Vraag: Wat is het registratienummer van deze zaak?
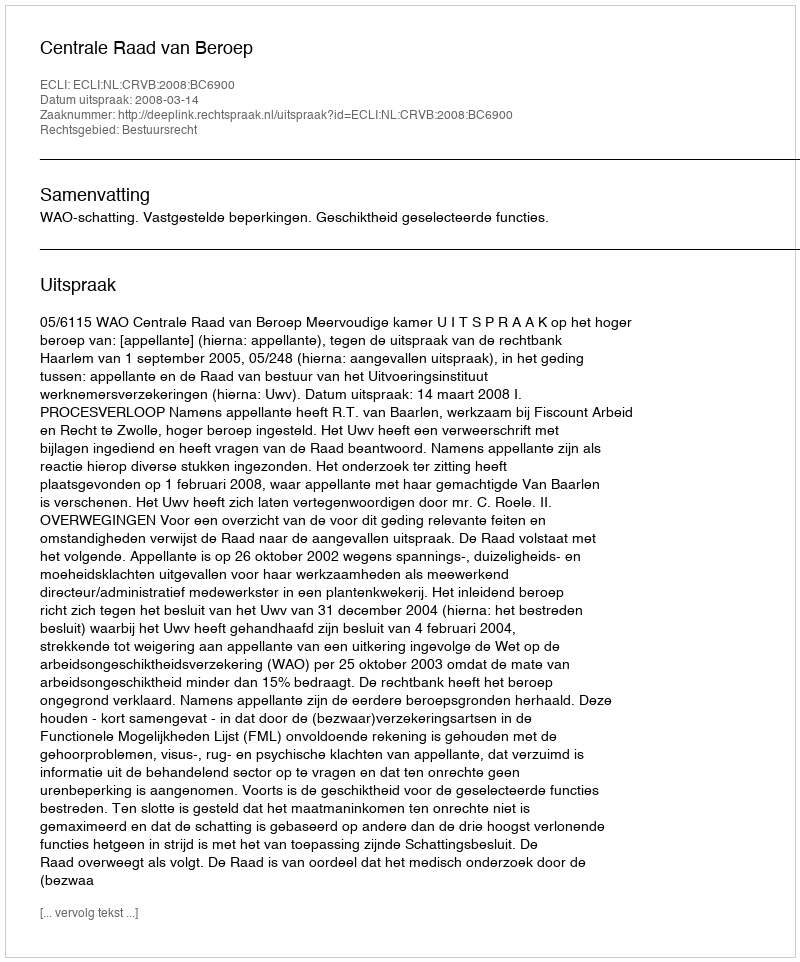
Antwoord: http://deeplink.rechtspraak.nl/uitspraak?id=ECLI:NL:CRVB:2008:BC6900